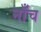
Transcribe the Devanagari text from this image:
नाँच